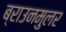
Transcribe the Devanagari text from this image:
ब्राउनमुलर